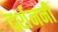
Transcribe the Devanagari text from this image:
दर्शननी